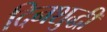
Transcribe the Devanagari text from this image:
दिनशुद्धी